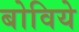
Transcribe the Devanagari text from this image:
बोविये